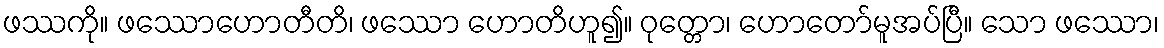
ဖဿကို။ ဖဿောဟောတီတိ၊ ဖဿော ဟောတိဟူ၍။ ဝုတ္တော၊ ဟောတော်မူအပ်ပြီ။ သော ဖဿော၊